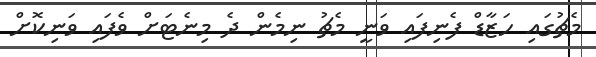
މެޗުގައި ހަޒާޑް ފެނިފައި ވަނީ މެޗު ނިމެން ދެ މިނެޓަށް ވެފައި ވަނިކޮށް